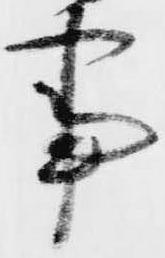
事